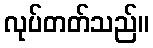
လုပ်တတ်သည်။